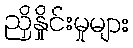
ညှိနှိုင်းမှုများ